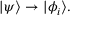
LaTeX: | \psi \rangle \rightarrow | \phi _ { i } \rangle .